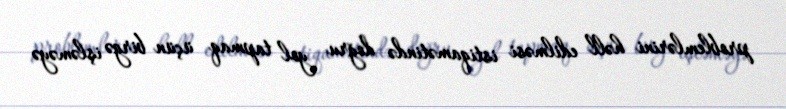
problemlərini həll edilməsi istiqamətində doğru yol tapmaq üçün birgə işləməyə